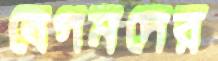
বেগমদের